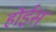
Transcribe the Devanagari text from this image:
होईस